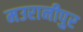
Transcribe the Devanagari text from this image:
मउरानीपुर